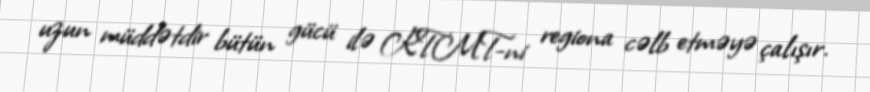
uzun müddətdir bütün gücü ilə KTMT-ni regiona cəlb etməyə çalışır.